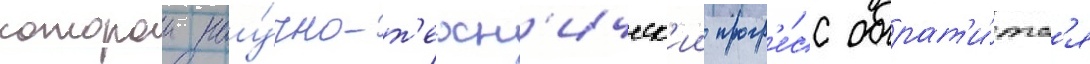
которои нау́чно-т'ехн'ическ'ии прогр'е́сс обрат'и́тс'я